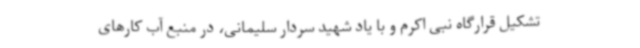
تشکیل قرارگاه نبی اکرم و با یاد شهید سردار سلیمانی، در منبع آب کارهای